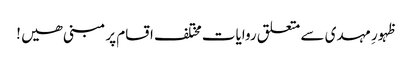
ظہورِ مہدی سے متعلق روایات مختلف اقسام پر مبنی ھیں !